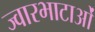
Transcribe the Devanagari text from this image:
ज्वारभाटाओं